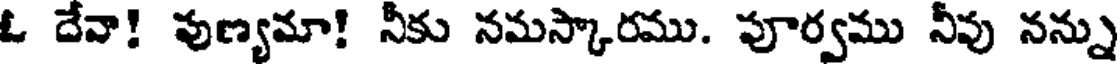
ఓ దేవా! పుణ్యమా! నీకు నమస్కారము. పూర్వము నీవు నన్ను